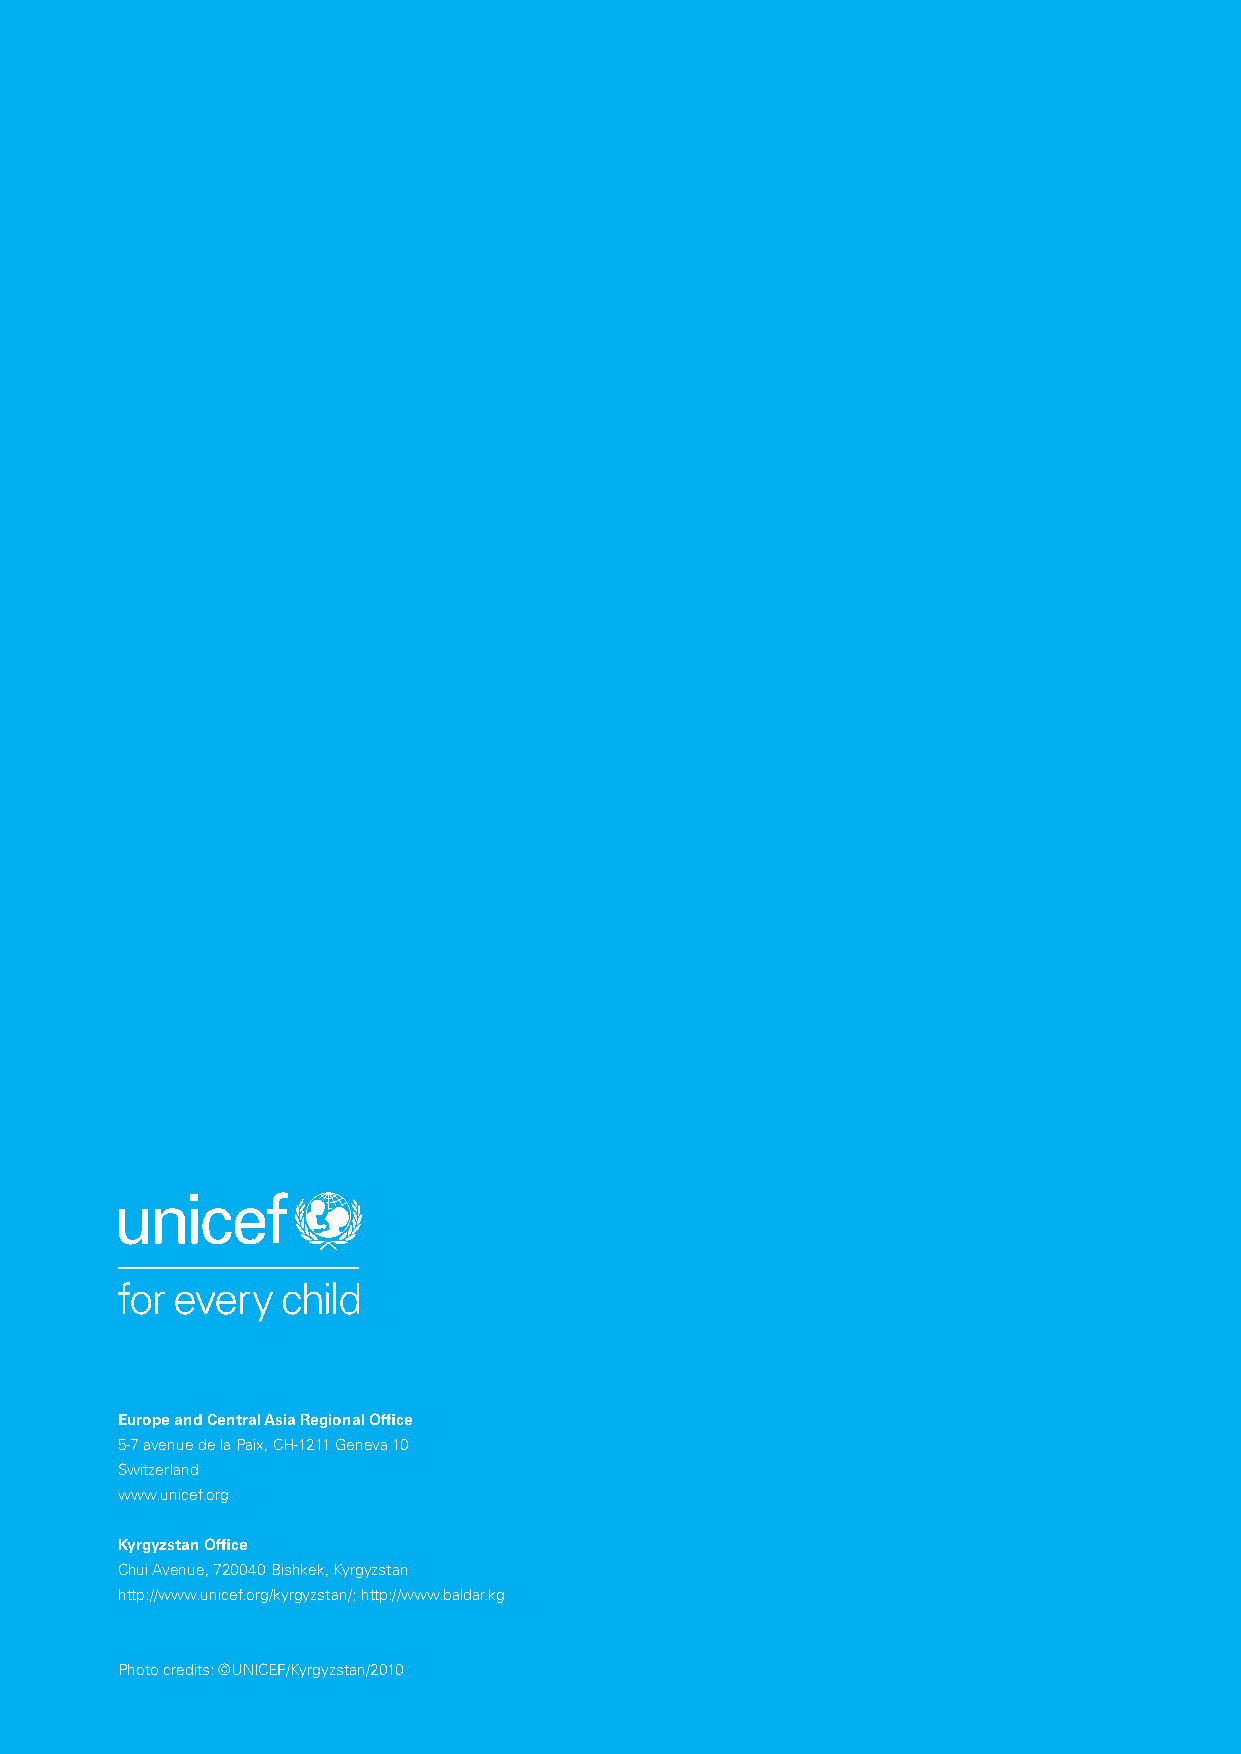
8  Kyrgyzstan
 Supporting National Social Protection Systems to Respond in Times of Crisis
 Europe and Central Asia Regional Office
 5-7 avenue de la Paix, CH-1211 Geneva 10
 Switzerland
 www.unicef.org
 Kyrgyzstan Office
 Chui Avenue, 720040 Bishkek, Kyrgyzstan
 http://www.unicef.org/kyrgyzstan/; http://www.baldar.kg
 Photo credits: ©UNICEF/Kyrgyzstan/2010